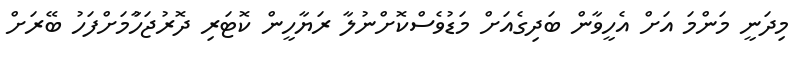
މިދަނީ މަންމަ އަށް އެހީވާން ބަދިގެއަށް މަޑުވެސްކޮށްނުލާ ރަޔާހީން ކޮޓަރި ދޮރުޖަހާުމަށްފަހު ބޭރަށް